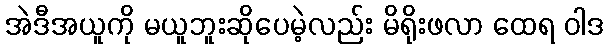
အဲဒီအယူကို မယူဘူးဆိုပေမဲ့လည်း မိရိုးဖလာ ထေရ ဝါဒ